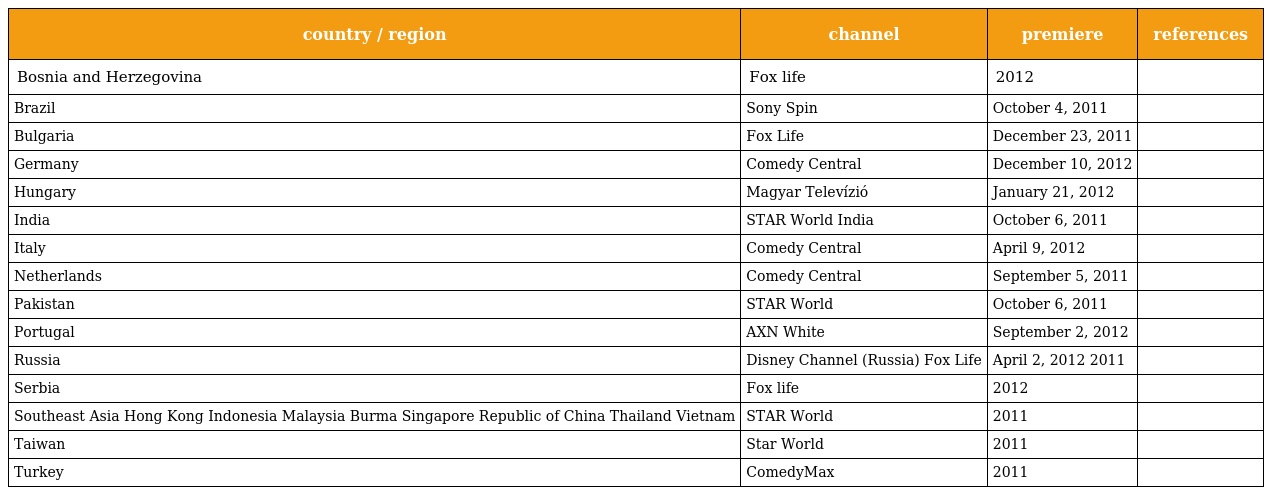
| country / region | channel | premiere | references |
 | --- | --- | --- | --- |
 | Bosnia and Herzegovina | Fox life | 2012 |  |
 | Brazil | Sony Spin | October 4, 2011 |  |
 | Bulgaria | Fox Life | December 23, 2011 |  |
 | Germany | Comedy Central | December 10, 2012 |  |
 | Hungary | Magyar Televízió | January 21, 2012 |  |
 | India | STAR World India | October 6, 2011 |  |
 | Italy | Comedy Central | April 9, 2012 |  |
 | Netherlands | Comedy Central | September 5, 2011 |  |
 | Pakistan | STAR World | October 6, 2011 |  |
 | Portugal | AXN White | September 2, 2012 |  |
 | Russia | Disney Channel (Russia) Fox Life | April 2, 2012 2011 |  |
 | Serbia | Fox life | 2012 |  |
 | Southeast Asia Hong Kong Indonesia Malaysia Burma Singapore Republic of China Thailand Vietnam | STAR World | 2011 |  |
 | Taiwan | Star World | 2011 |  |
 | Turkey | ComedyMax | 2011 |  |